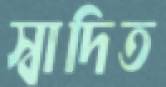
স্বাদিত